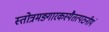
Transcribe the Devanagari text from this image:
स्तोत्रमङ्गारकस्यैतत्पठनीयं